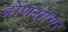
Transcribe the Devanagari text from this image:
द्रोणसागर